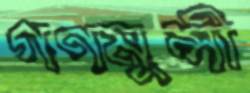
গণমুন্সী